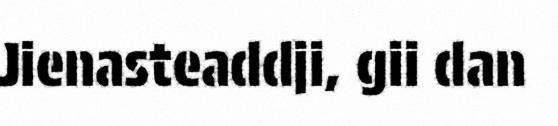
Jienasteaddji, gii dan